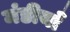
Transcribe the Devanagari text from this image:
मंडीयाँ